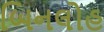
બિનલોહ